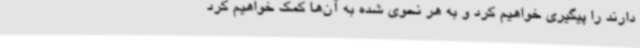
دارند را پیگیری خواهیم کرد و به هر نحوی شده به آن‌ها کمک خواهیم کرد